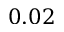
0 . 0 2